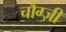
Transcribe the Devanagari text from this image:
चौंग्ज़ी